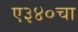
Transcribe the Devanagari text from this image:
ए३४०चा